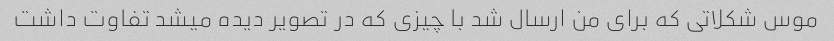
موس شکلاتی که برای من ارسال شد با چیزی که در تصویر دیده میشد تفاوت داشت